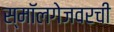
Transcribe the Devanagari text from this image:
स्मॉलगेजवरची